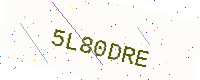
Text: 5L80DRE